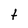
Character: t